Scottish Leaving Certificate Examination, 1959
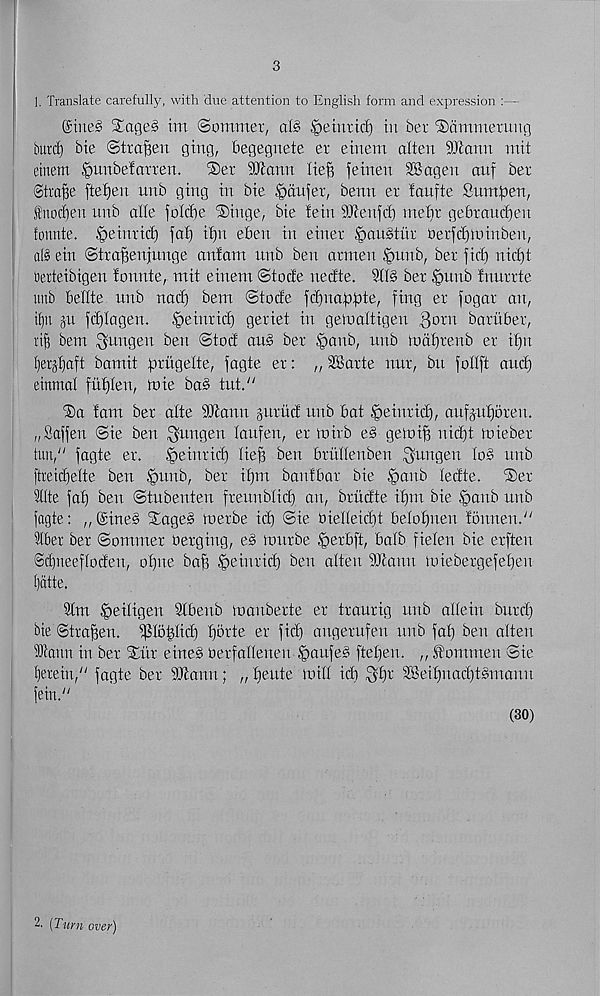
3
1. Translate carefully, with due attention to English form and expression
Silted Stages tm ©ommer, alS §etnrtd) in bet iDammerung
burcf) bie ©tra^en gtug, begegnete er etnem alien SDlann mit
etnem §unbelarren.
®er 9Tcanrt lie^ fetnen SBagen auf ber
(Strafe ftefjen unb gtng in bte ^dufet, benn er iaufte Sumpen,
Snoc£)eu unb alle folcbe Stinge, bte fein Sbienfcb mebt gebtaucfjen
fonnte. §etnrici) fa^ tfjn eben in einer §au§tur berfcfjlmnben,
ol§ ein ©tra^enjunge anfam unb ben armeu §uub, ber firi) nicf)t
berteibigen lounte, mit einem ©tocfe necfte. 211S bet |>unb fnurrte
unb belite nub nad) bem ©tode jdfnap^te, ftng er fogar an,
i()n ju fdjlagen.
^einrid) geriet in geluattigen 3 orn baruber,
ri§ bem ^ungeu ben ©tod auS ber §anb, unb mdfjtenb er if)n
Ijerjljaft bamit iDriigelte, fagte er: „ SBarte nnr, bn follft and)
einmal fittjlen, tote baS tut/'
©a lam ber alte SJcanu jurud nub bat ^einrid), aufjutjoreu.
„Sagen @ie ben ^nngen laufen, er toirb eS getoi^ n&t toieber
tun," fagte er.
§eintid) lie§ ben brnllenben ^uttgen loS nub
ftreicbelte ben §unb, ber ifjm banlbar bie §anb ledte.
®er
llte fat) bett ©tubenten freunblid) an, briidte if)m bie |>aitb nub
fagte: ,,(£ineS Stages roetbe id) ©ie bielleicbt belofjnen lotmett."
fber ber ©ommer berging, eS tourbe ^terbft, balb fielen bie erften
@d)tteefloden, ol)ne bafs ^eiurid) ben alteit SDtann luiebergefetjeu
l)atte.
9tm ^eiligen 9tbenb luauberte er traurig nub allein butd)
bte ©traffeu. ^lo^lid) tjorte er fid) angernfen unb fat) ben alien
DJlantt in ber Stitr eineS berfallenen §aufeS ftel)en. „ .fommen ©ie
llreiit," fagte ber SJtann; „ beute mill id) $f)t 2Bei^nad)tSmauit
fein."
(30)
2. [Turn over)